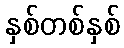
နှစ်တစ်နှစ်